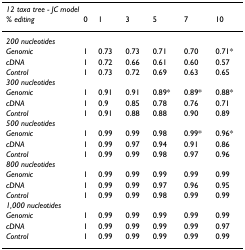
| <COLSPAN=7> 12 taxa tree - JC model |
 | % editing | 0 | 1 | 3 | 5 | 7 | 10 |
 | --- | --- | --- | --- | --- | --- | --- |
 | 200 nucleotides |  |  |  |  |  |  |  |  |
 | Genomic | 1 | 0.73 | 0.73 | 0.71 | 0.70 | 0.71* |
 | cDNA | 1 | 0.72 | 0.66 | 0.61 | 0.60 | 0.57 |
 | Control | 1 | 0.73 | 0.72 | 0.69 | 0.63 | 0.65 |
 | 300 nucleotides |  |  |  |  |  |  |  |  |
 | Genomic | 1 | 0.91 | 0.91 | 0.89* | 0.89* | 0.88* |
 | cDNA | 1 | 0.9 | 0.85 | 0.78 | 0.76 | 0.71 |
 | Control | 1 | 0.91 | 0.88 | 0.88 | 0.90 | 0.89 |
 | 500 nucleotides |  |  |  |  |  |  |  |  |
 | Genomic | 1 | 0.99 | 0.99 | 0.98 | 0.99* | 0.96* |
 | cDNA | 1 | 0.99 | 0.97 | 0.94 | 0.91 | 0.86 |
 | Control | 1 | 0.99 | 0.99 | 0.98 | 0.97 | 0.96 |
 | 800 nucleotides |  |  |  |  |  |  |  |  |
 | Genomic | 1 | 0.99 | 0.99 | 0.99 | 0.99 | 0.99 |
 | cDNA | 1 | 0.99 | 0.99 | 0.97 | 0.96 | 0.95 |
 | Control | 1 | 0.99 | 0.99 | 0.98 | 0.99 | 0.99 |
 | 1,000 nucleotides |  |  |  |  |  |  |  |  |
 | Genomic | 1 | 0.99 | 0.99 | 0.99 | 0.99 | 0.99 |
 | cDNA | 1 | 0.99 | 0.99 | 0.99 | 0.99 | 0.97 |
 | Control | 1 | 0.99 | 0.99 | 0.99 | 0.99 | 0.99 |